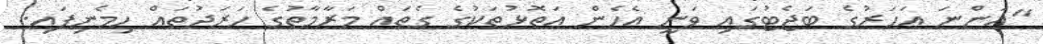
"އަންނަ އަަހަރުގެ ބަޖެޓުގައި ވަނީ އެހެން އަތޮޅުތަކުގެ ގެތައް މަރާމާތުގެ ހަރަދުތައް ހިމެނިފައި.